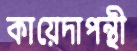
কায়েদাপন্থী